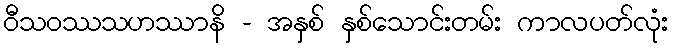
ဝီသဝဿသဟဿာနိ - အနှစ် နှစ်သောင်းတမ်း ကာလပတ်လုံး